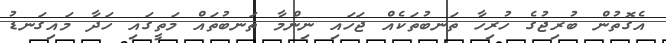
އެގޮތުން ބުރިޖުގެ ހުރިހާ ތަނބުތަކެއް ޖަހައި ނިންމާ ތަނބުތައް މަތީގައި ހަދާ މައިގަނޑު